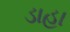
ડાહા